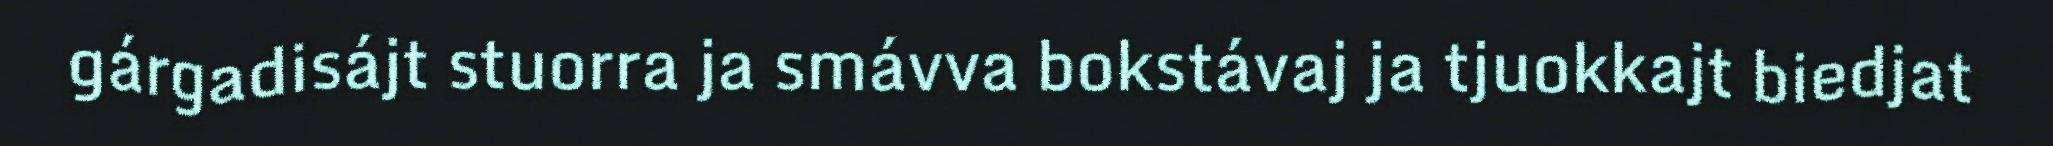
gárgadisájt stuorra ja smávva bokstávaj ja tjuokkajt biedjat